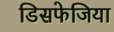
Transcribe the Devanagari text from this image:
डिसफेजिया